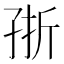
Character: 㝂